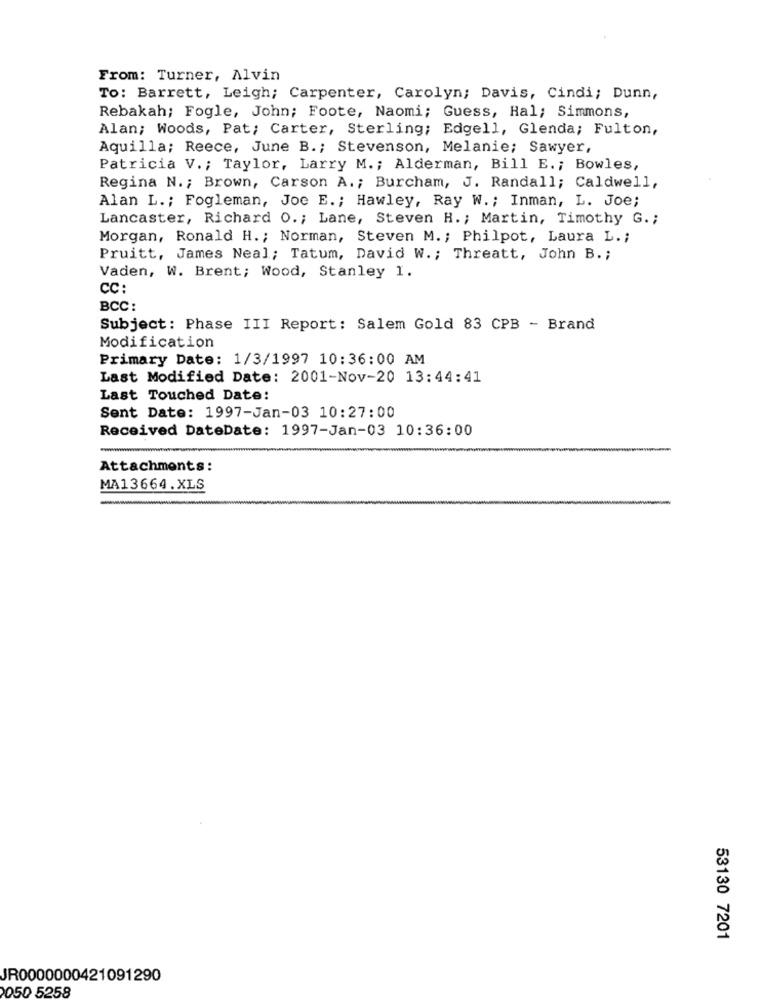
From: Turner, Alvin
To: Barrett, Leigh; Carpenter, Carolyn; Davis, Cindi; Dunn,
Rebakah; Fogle, John; Foote, Naomi; Guess, Hal; Simmons,
Alan; Woods, Pat; Carter, Sterling; Edgell, Glenda; Fulton,
Aquilla; Reece, June B .; Stevenson, Melanie; Sawyer,
Patricia V .; Taylor, Larry M .; Alderman, Bill E .; Bowles,
Regina N .; Brown, Carson A .; Burcham, J. Randall; Caldwell,
Alan L .; Fogleman, Joe E .; Hawley, Ray W. ; Inman, L. Joe;
Lancaster, Richard O .; Lane, Steven H. ; Martin, Timothy G .;
Morgan, Ronald H .; Norman, Steven M. ; Philpot, Laura L .;
Pruitt, James Neal; Tatum, David W .; Threatt, John B .;
Vaden, W. Brent; Wood, Stanley I.
CC:
BCC:
Subject: Phase III Report: Salem Gold 83 CPB - Brand
Modification
Primary Date: 1/3/1997 10:36:00 AM
Last Modified Date: 2001-Nov-20 13:44:41
Last Touched Date:
Sent Date: 1997-Jan-03 10:27:00
Received DateDate: 1997-Jan-03 10:36:00
-
Attachments:
MA13664.XLS
53130 7201
JR0000000421091290
050 5258